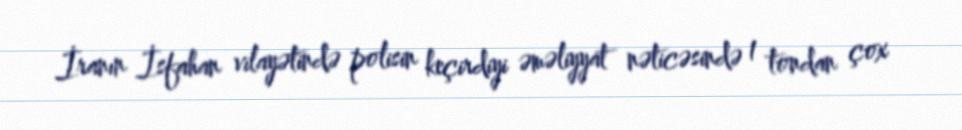
İranın İsfahan vilayətində polisin keçirdiyi əməliyyat nəticəsində 1 tondan çox